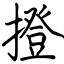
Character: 撜